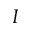
I